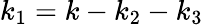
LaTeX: k_{1}=k-k_{2}-k_{3}